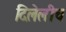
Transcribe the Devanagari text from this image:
दिलेलीच